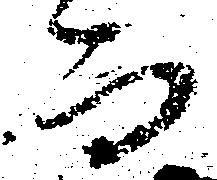
而